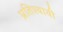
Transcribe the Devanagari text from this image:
प्रतिश्यायी